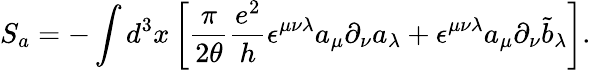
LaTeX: S_{a}=-\int d^{3}x\left[\frac{\pi}{2\theta}\frac{e^{2}}{h}\epsilon^{\mu\nu\lambda}a_{\mu}\partial_{\nu}a_{\lambda}+\epsilon^{\mu\nu\lambda}a_{\mu}\partial_{\nu}{\tilde{b}}_{\lambda}\right].